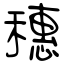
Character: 穗